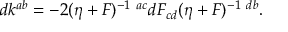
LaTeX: d k ^ { a b } = - 2 ( \eta + F ) ^ { - 1 ~ a c } d F _ { c d } ( \eta + F ) ^ { - 1 ~ d b } .